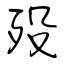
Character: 殁